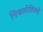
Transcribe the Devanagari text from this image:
निकलोडियनों